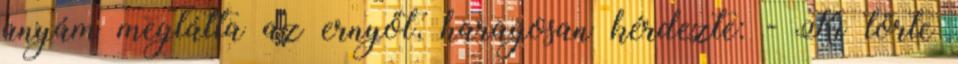
anyám meglátta az ernyőt, haragosan kérdezte: - Ki törte